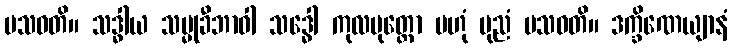
ပသဝတိ။ သဒ္ဓါယ သမ္မုခီဘာဝါ သဒ္ဓေါ ကုလပုတ္တော ဗဟုံ ပုညံ ပသဝတိ။ ဒက္ခိဏေယျာနံ